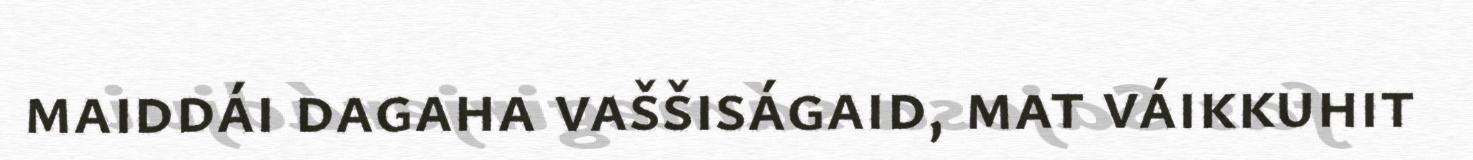
maiddái dagaha vaššiságaid, mat váikkuhit